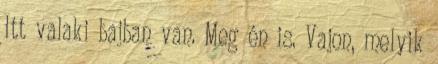
Itt valaki bajban van. Meg én is. Vajon, melyik